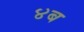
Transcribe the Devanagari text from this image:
४ब